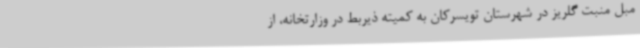
مبل منبت گلریز در شهرستان تویسرکان به کمیته ذیربط در وزارتخانه، از